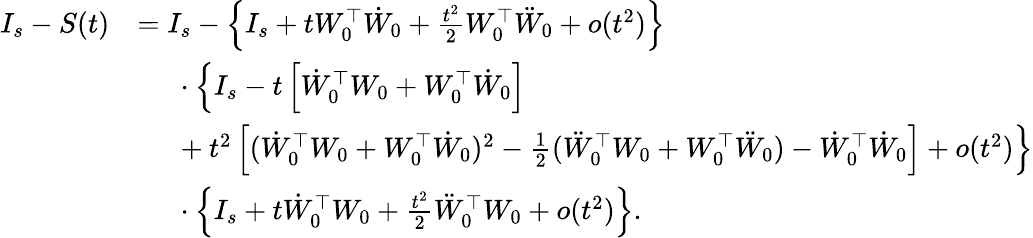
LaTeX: \begin{array}{rl}{I_{s}-S(t)}&{=I_{s}-\left\{ I_{s}+tW_{0}^{\top}\dot{W}_{0}+\frac{t^{2}}{2}W_{0}^{\top}\ddot{W}_{0}+o(t^{2})\right\} }\\ &{\phantom{=\ }\cdot\left\{ I_{s}-t\left[\dot{W}_{0}^{\top}W_{0}+W_{0}^{\top}\dot{W}_{0}\right]\right.}\\ &{\phantom{=\ }+\left.t^{2}\left[(\dot{W}_{0}^{\top}W_{0}+W_{0}^{\top}\dot{W}_{0})^{2}-\frac{1}{2}(\ddot{W}_{0}^{\top}W_{0}+W_{0}^{\top}\ddot{W}_{0})-\dot{W}_{0}^{\top}\dot{W}_{0}\right]+o(t^{2})\right\} }\\ &{\phantom{=\ }\cdot\left\{ I_{s}+t\dot{W}_{0}^{\top}W_{0}+\frac{t^{2}}{2}\ddot{W}_{0}^{\top}W_{0}+o(t^{2})\right\} .}\end{array}